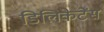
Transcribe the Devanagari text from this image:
डिलिकेटेंस